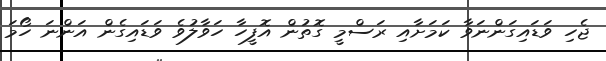
ޖެހި ވަޑައިގަންނަވާ ކަމަށާއި ރަސްމީ ގޮތުން އޮފީހާ ހަވާލުވެ ވަޑައިގެން އަންނަ ހޯމަ